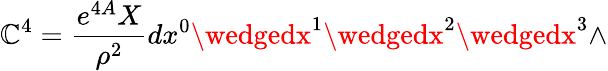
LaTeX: \mathbb{C}^{4}={\frac{{e^{4A}X}}{{\rho^{2}}}}dx^{0}\wedgedx^{1}\wedgedx^{2}\wedgedx^{3}\wedge